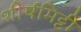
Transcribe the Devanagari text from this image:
शीर्षमिट्टी